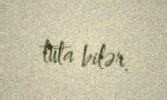
tuta bilər.